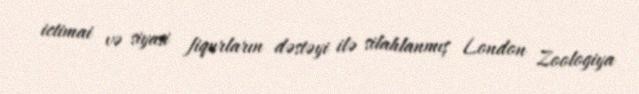
ictimai və siyasi fiqurların dəstəyi ilə silahlanmış London Zoologiya